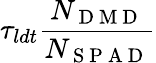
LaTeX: \tau_{ldt}\frac{N_{\mathrm{~D~M~D~}}}{N_{\mathrm{~S~P~A~D~}}}